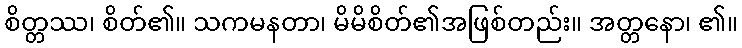
စိတ္တဿ၊ စိတ်၏။ သကမနတာ၊ မိမိစိတ်၏အဖြစ်တည်း။ အတ္တနော၊ ၏။